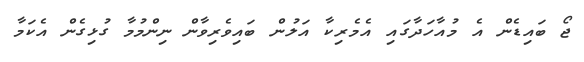
ޖޯ ބައިޑެން އެ މުއާހަދާގައި އެމެރިކާ އަލުން ބައިވެރިވާން ނިންމުމާ ގުޅިގެން އެކަމާ